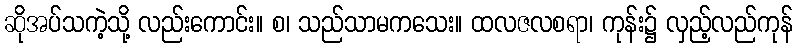
ဆိုအပ်သကဲ့သို့ လည်းကောင်း။ စ၊ သည်သာမကသေး။ ထလဇလစရာ၊ ကုန်း၌ လှည့်လည်ကုန်